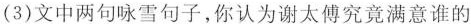
(3)文中两句咏雪句子，你认为谢太傅究竟满意谁的